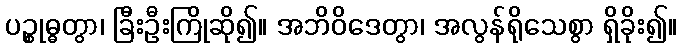
ပဉ္စုဓ္ဓတွာ၊ ခြီးဦးကြိုဆို၍။ အဘိဝိဒေတွာ၊ အလွန်ရိုသေစွာ ရှိခိုး၍။